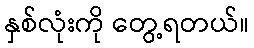
နှစ်လုံးကို တွေ့ရတယ်။